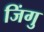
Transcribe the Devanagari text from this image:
जिंगु